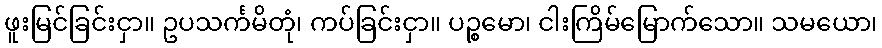
ဖူးမြင်ခြင်းငှာ။ ဥပသင်္ကမိတုံ၊ ကပ်ခြင်းငှာ။ ပဉ္စမော၊ ငါးကြိမ်မြောက်သော။ သမယော၊